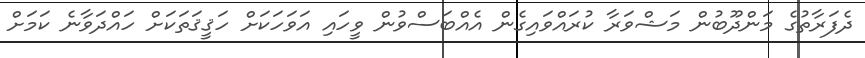
ދެފަރާތުގެ މަންދޫބުން މަޝްވަރާ ކުރައްވައިގެން އެއްބަސްވުން ވީހައި އަވަހަކަށް ހަޤީޤަތަކަށް ހައްދަވާނެ ކަމަށް